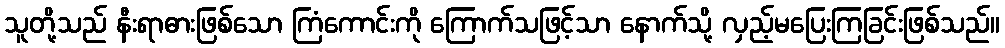
သူတို့သည် နီးရာဓားဖြစ်သော ကြံကောင်းကို ကြောက်သဖြင့်သာ နောက်သို့ လှည့်မပြေးကြခြင်းဖြစ်သည်။